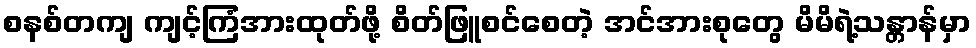
စနစ်တကျ ကျင့်ကြံအားထုတ်ဖို့ စိတ်ဖြူစင်စေတဲ့ အင်အားစုတွေ မိမိရဲ့သန္တာန်မှာ